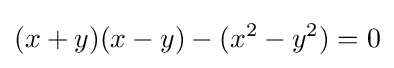
(x+y)(x-y)-(x^{2}-y^{2})=0